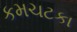
કમચટકા